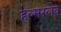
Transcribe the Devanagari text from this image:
हेल्मस्लेव